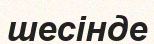
шесінде